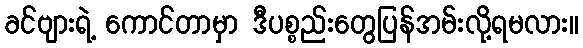
ခင်ဗျားရဲ့ ကောင်တာမှာ ဒီပစ္စည်းတွေပြန်အမ်းလို့ရမလား။